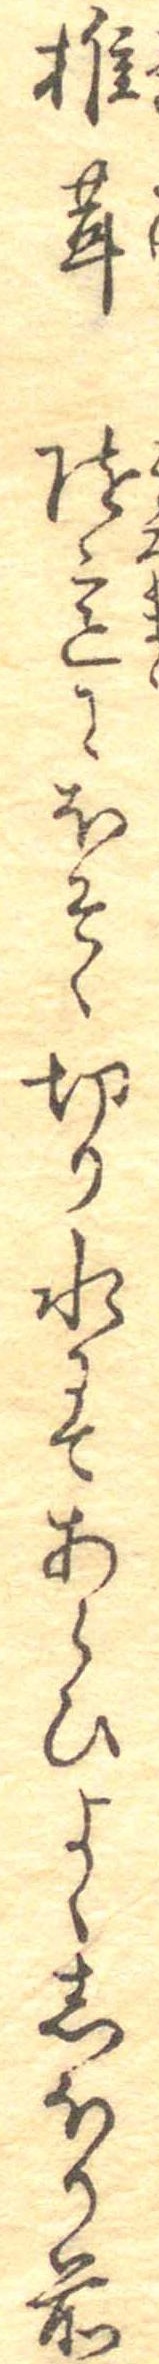
椎茸随意にほそく切り水にてあらひよくしほり前